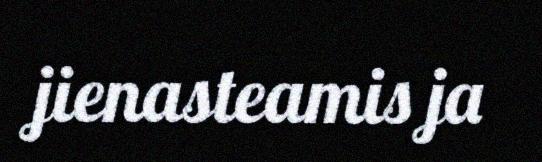
jienasteamis ja